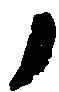
候